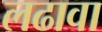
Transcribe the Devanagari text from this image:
लढावा